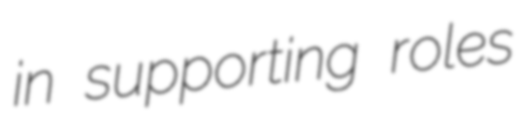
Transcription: in supporting roles